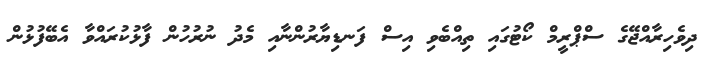
ދިވެހިރާއްޖޭގެ ސްޕްރީމް ކޯޓުގައި ތިއްބެވި އިސް ފަނޑިޔާރުންނާއި މެދު ނުރުހުން ފާޅުކުރައްވާ އެބޭފުޅުން